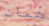
ضمان